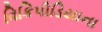
વિકિપીડિયાના